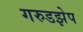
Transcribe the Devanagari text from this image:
गरुडझेप